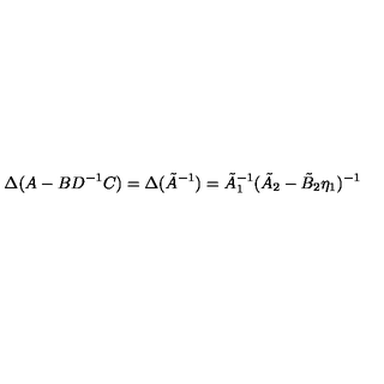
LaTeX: \Delta ( A - B D ^ { - 1 } C ) = \Delta ( \tilde { A } ^ { - 1 } ) = \tilde { A } _ { 1 } ^ { - 1 } ( \tilde { A } _ { 2 } - \tilde { B } _ { 2 } \eta _ { 1 } ) ^ { - 1 }